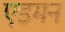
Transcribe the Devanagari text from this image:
एडमन